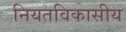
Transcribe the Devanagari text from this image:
नियतविकासीय